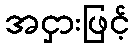
အငှားဖြင့်